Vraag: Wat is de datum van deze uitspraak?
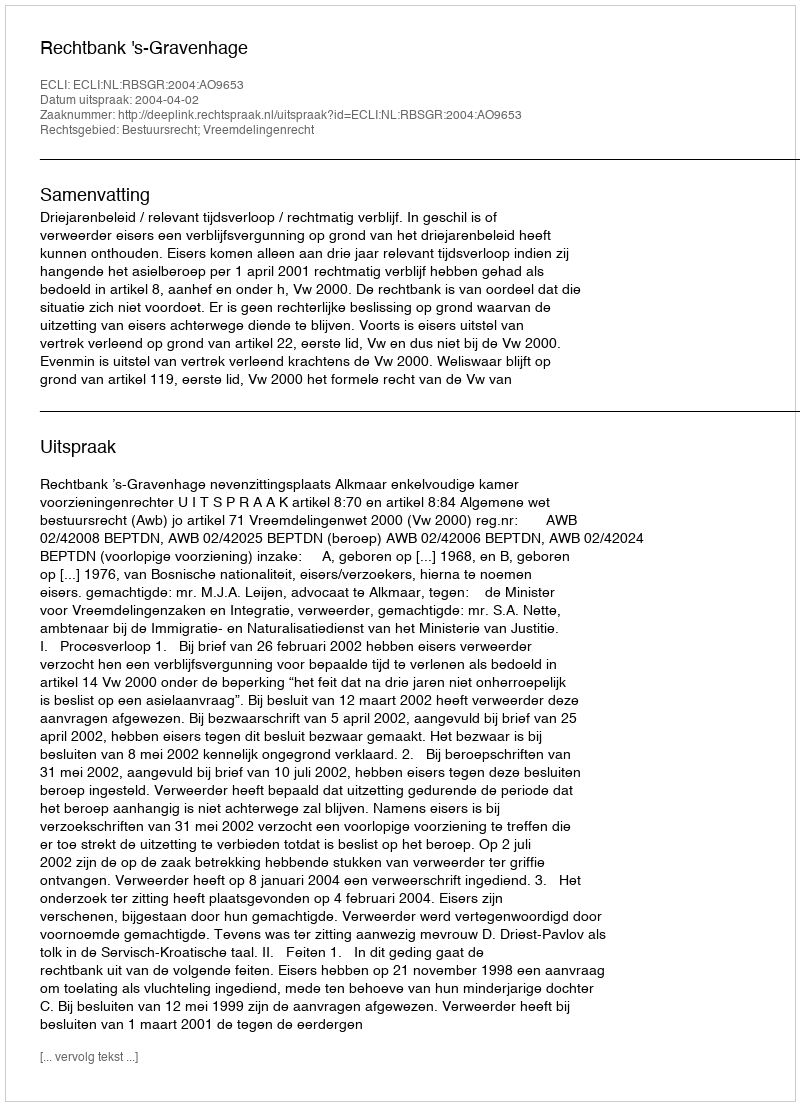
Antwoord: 2004-04-02